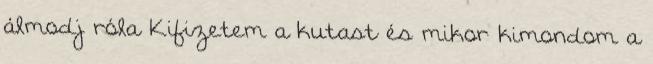
álmodj róla Kifizetem a kutast és mikor kimondom a